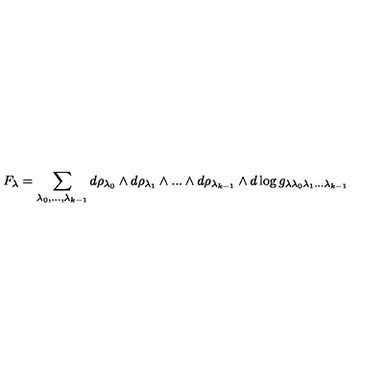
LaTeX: F _ { \lambda } = \sum _ { \lambda _ { 0 } , . . . , \lambda _ { k - 1 } } d \rho _ { \lambda _ { 0 } } \wedge d \rho _ { \lambda _ { 1 } } \wedge . . . \wedge d \rho _ { \lambda _ { k - 1 } } \wedge d \log g _ { \lambda \lambda _ { 0 } \lambda _ { 1 } . . . \lambda _ { k - 1 } }